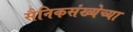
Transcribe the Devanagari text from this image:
सैनिकसंख्येच्या